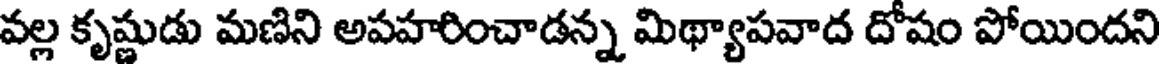
వల్ల కృష్ణుడు మణిని అపహరించాడన్న మిథ్యాపవాద దోషం పోయిందని